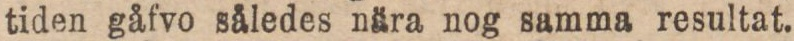
tiden gåfvo således nära nog samma resultat.